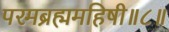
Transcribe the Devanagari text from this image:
परमब्रह्ममहिषी॥८॥